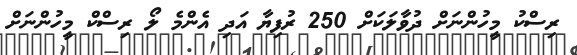
ރިސްކު މީހުންނަށް ދުވާލަކަށް 250 ރުފިޔާ އަދި އެންމެ ލޯ ރިސްކް މީހުންނަށް